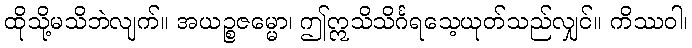
ထိုသို့မသိဘဲလျက်။ အယဉ္စဇမ္မော၊ ဤဣသိသိင်္ဂရသေ့ယုတ်သည်လျှင်။ ကိဿဝါ၊